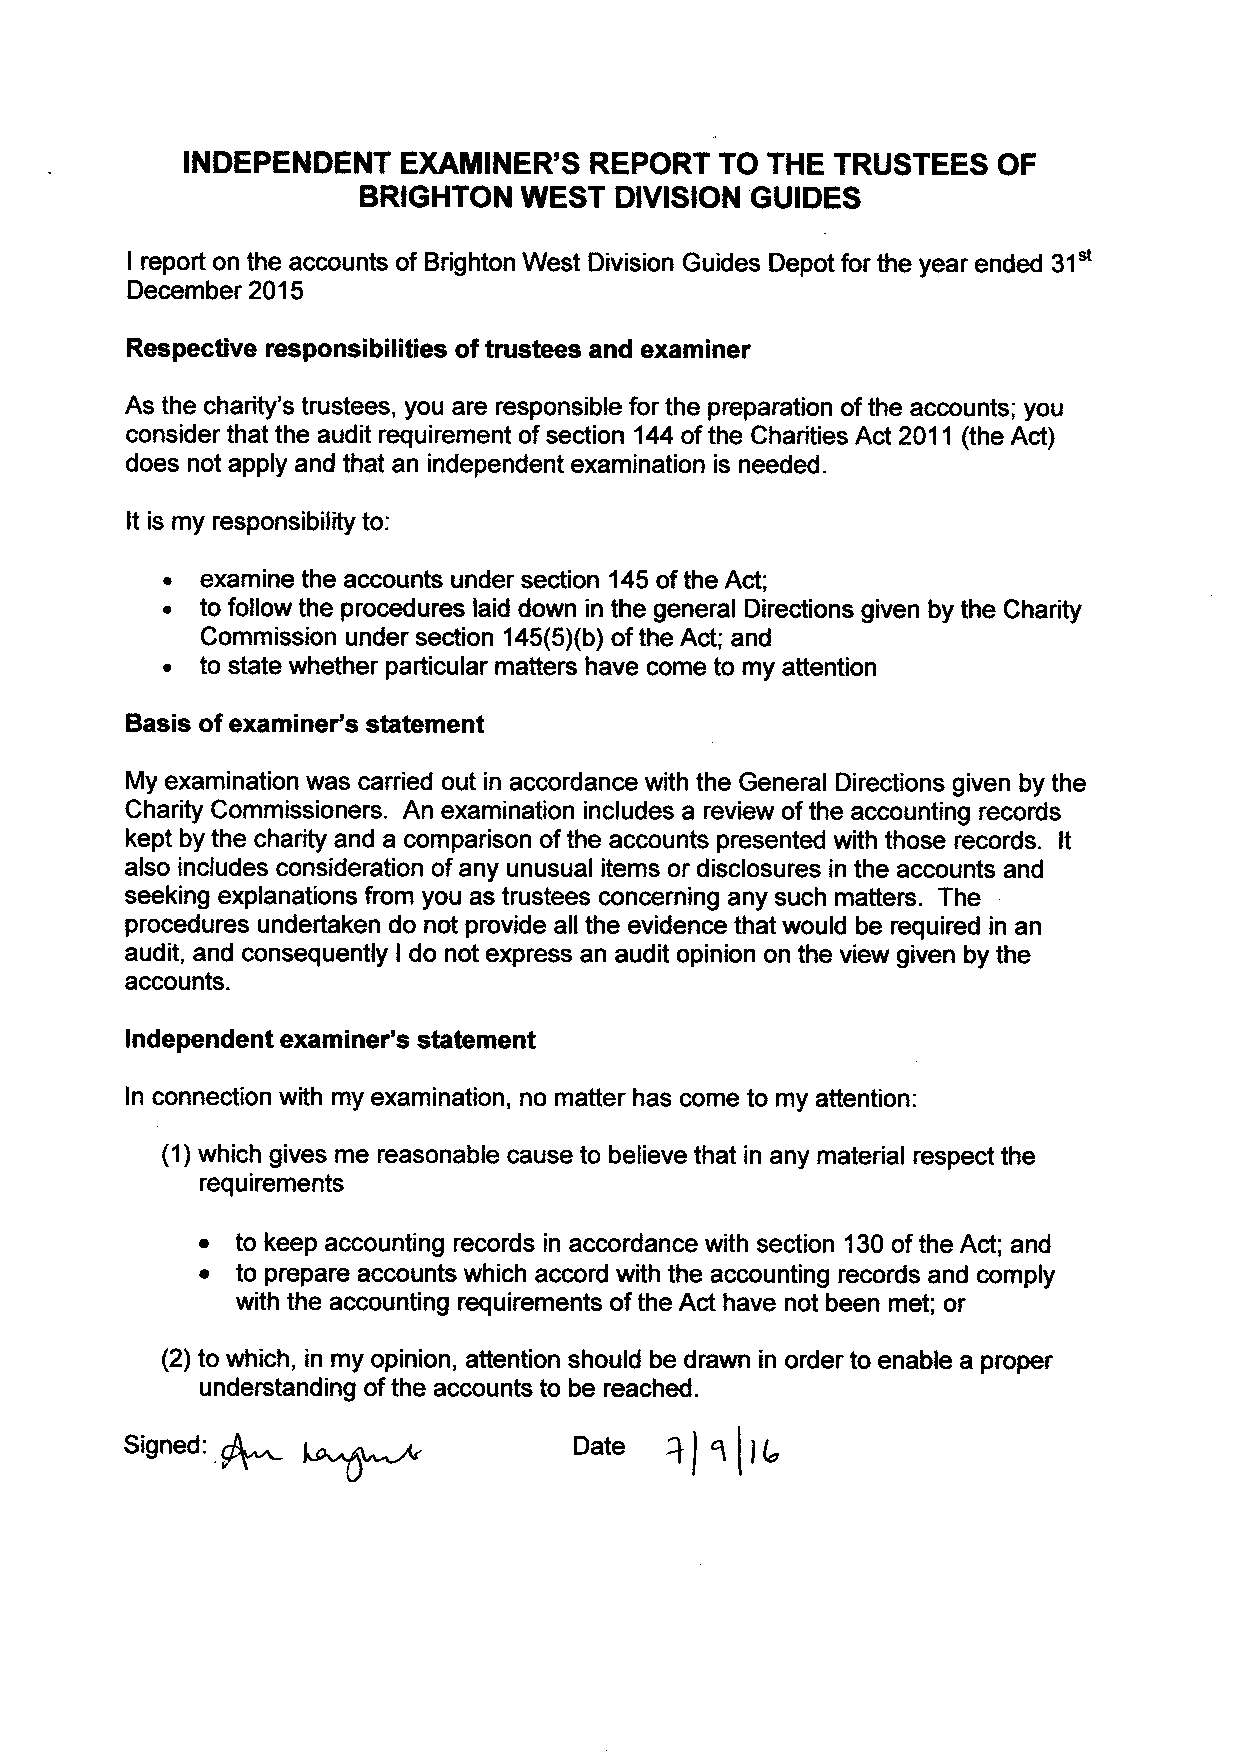
INDEPENDENETX     AMINER'SR  EPORTT  O THET  RUSTEESO   F
 BRIGHTONW    ESTD IVISIONG UIDES
 I reporto n the accountso f BrightonW est DivisionG uidesD epotf or the yeare nded3 1"t
 Decembe2r 015
 Respectiver esponsibilitieso f trusteesa nd examiner
 As the charity'str usteesy, ou are responsiblfeo r the preparationo f the accountsy; ou
 considerth att he auditr equiremenot f section1 44o f the CharitiesA ct 2011 (theA ct)
 doesn ota pplya nd thata n independenetx aminationis needed.
 It is my responsibilittyo :
 . examinet he accountsu nders ection1 45o f the Act;
 . to followt he proceduresla idd owni n the generalD irectionsg ivenb y the Charity
 Commissionu nders ection1 45(5Xbo) f the Act; and
 . to statew hetherp articularm attersh ave comet o my attention
 Basis of examiner'ss tatement
 My examinationw as carriedo ut in accordancew itht he GeneralD irectionsg ivenb y the
 CharityC ommissionersA. n examinationin cludesa reviewo f the accountingre cords
 keptb y the charitya nd a comparisono f the accountsp resentedw itht hoser ecords.l t
 alsoi ncludesc onsideratioonf any unusuailt emso r disclosuresin the accountsa nd
 seekinge xplanationfsr omy ou as trusteesc oncerninga ny suchm atters.T he
 proceduresu ndertakend o not providea ll the evidenceth atw ouldb e requiredin an
 audit,a nd consequentlIy d o not expressa n audito piniono n the viewg ivenb y the
 accounts.
 Independente xaminer'ss tatement
 In connectionw ith my examinationn,o matterh asc omet o my attention:
 (1)w hichg ivesm e reasonablec auset o believet hat in any materiarl espectt he
 requirements
 o  to keepa ccountingre cordsin accordancew iths ection1 30o f the Act; and
 o  to preparea ccountsw hicha ccordw itht he accountingre cordsa nd comply
 witht he accountingre quirementosf the Act haven ot beenm et;o r
 (2) to which,i n my opinion,a ttentions houldb e drawni n ordert o enablea proper
 understandinogf the accountsto be reached.
 Signed:                       Date  + f r
 A.^-                              Ilr,
 W